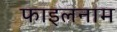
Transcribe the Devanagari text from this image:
फाइलनाम